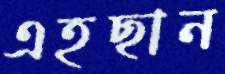
এহছান